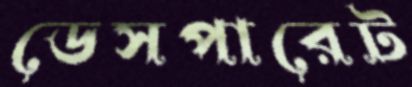
ডেসপারেট